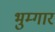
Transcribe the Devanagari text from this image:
भुम्गार